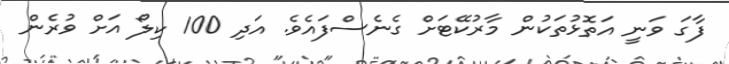
ފާގަ ވަނީ އަތޮޅުތަކުން މާރުކޭޓަށް ގެނެސްފައެވެ. އަދި 100 ކިލޯ އަށް ވުރެން